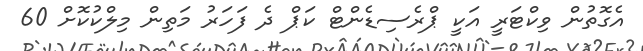
އެގޮތުން ވިކްޓަރީ އަކީ ޕްރެސިޑެންޓް ކަޕް ދެ ފަހަރު މަތިން މިލްކުކޮށް 60